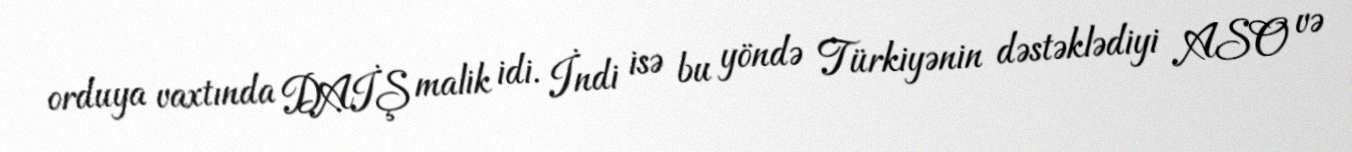
orduya vaxtında DAİŞ malik idi. İndi isə bu yöndə Türkiyənin dəstəklədiyi ASO və